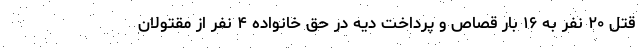
قتل ۲۰ نفر به ۱۶ بار قصاص و پرداخت دیه در حق خانواده ۴ نفر از مقتولان